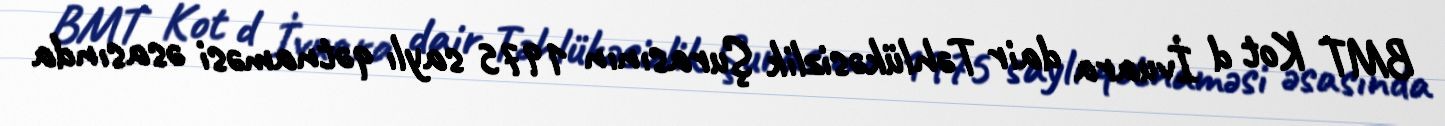
BMT Kot d İvuara dair Təhlükəsizlik Şurasının 1975 saylı qətnaməsi əsasında